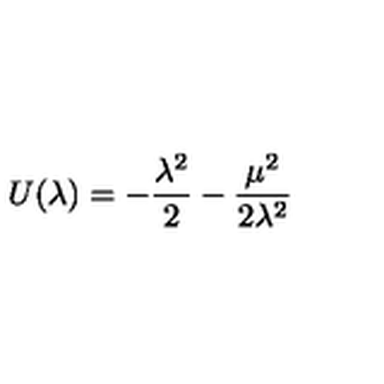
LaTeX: U ( \lambda ) = - \frac { \lambda ^ { 2 } } { 2 } - \frac { \mu ^ { 2 } } { 2 \lambda ^ { 2 } }